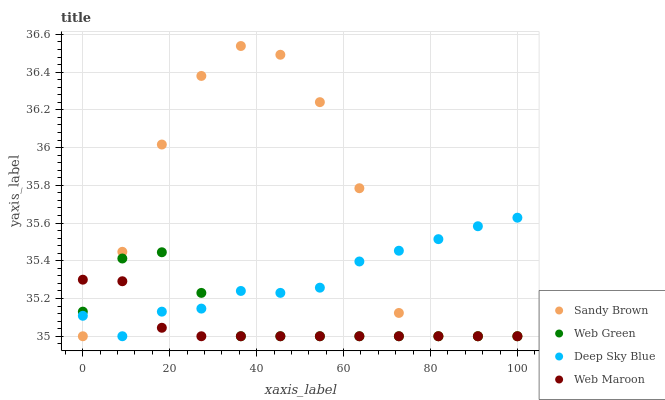
| xaxis_label | Sandy Brown | Web Green | Deep Sky Blue | Web Maroon |
 | --- | --- | --- | --- | --- |
 | 0 | 35 | 35.1 | 35.1 | 35.3 |
 | 9.09 | 35.4 | 35.4 | 35 | 35.3 |
 | 18.2 | 36 | 35.4 | 35.1 | 35 |
 | 27.3 | 36.4 | 35.2 | 35.1 | 35 |
 | 36.4 | 36.5 | 35 | 35.2 | 35 |
 | 45.5 | 36.5 | 35 | 35.2 | 35 |
 | 54.5 | 36.2 | 35 | 35.3 | 35 |
 | 63.6 | 35.8 | 35 | 35.4 | 35 |
 | 72.7 | 35.1 | 35 | 35.5 | 35 |
 | 81.8 | 35 | 35 | 35.5 | 35 |
 | 90.9 | 35 | 35 | 35.6 | 35 |
 | 100 | 35 | 35 | 35.6 | 35 |